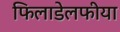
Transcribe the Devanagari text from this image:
फिलाडेलफीया